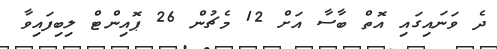
ދެ ވަނައިގައި އޮތް ބާސާ އަށް 12 މެޗުން 26 ޕޮއިންޓް ލިބިފައިވާ